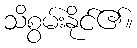
သိစွမ်းနိုင်၏။